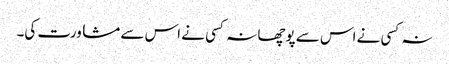
نہ کسی نے اس سے پوچھا نہ کسی نے اس سے مشاورت کی۔